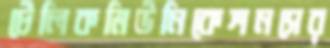
টেলিকমিউনিকেশনসের